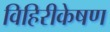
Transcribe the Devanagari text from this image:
विहिरीकेषण